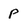
Character: p